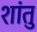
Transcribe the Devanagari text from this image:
शांतु